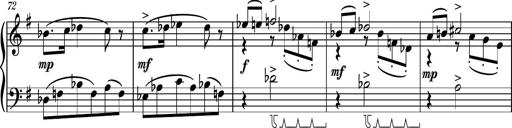
Title: Piano Sonatina No.7
Composer: Dimitri Sykias
Key: G major